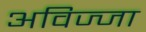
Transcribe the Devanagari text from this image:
अविज्जा